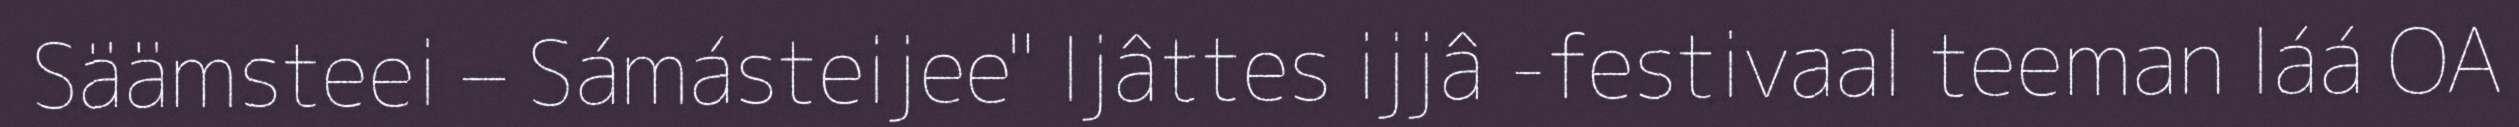
Säämsteei – Sámásteijee" Ijâttes ijjâ -festivaal teeman láá OA